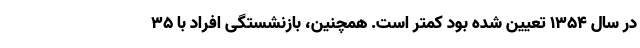
در سال ۱۳۵۴ تعیین شده بود کمتر است. همچنین، بازنشستگی افراد با ۳۵